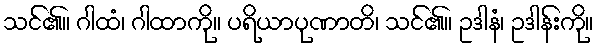
သင်၏။ ဂါထံ၊ ဂါထာကို။ ပရိယာပုဏာတိ၊ သင်၏။ ဥဒါနံ၊ ဥဒါန်းကို။